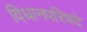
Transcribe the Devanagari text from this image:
विधानपरिषदे